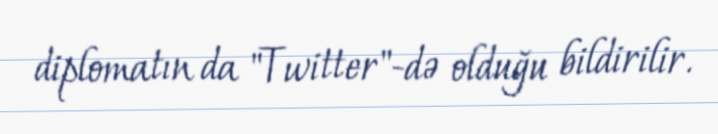
diplomatın da "Twitter"-də olduğu bildirilir.